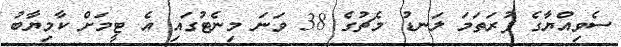
ސެވިއްޔާގެ ފުރަތަމަ ލަނޑު މެޗުގެ 38 ވަނަ މިނެޓުގައި އެ ޓީމަށް ކާމިޔާބު